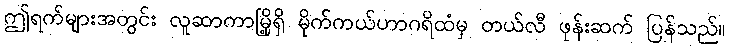
ဤရက်များအတွင်း လူဆာကာမြို့ရှိ မိုက်ကယ်ဟာဂရိထံမှ တယ်လီ ဖုန်းဆက် ပြန်သည်။